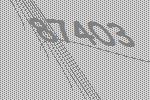
87403